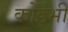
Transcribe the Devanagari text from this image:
कोईभी